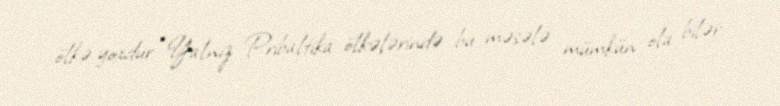
ölkə yoxdur: “Yalnız Pribaltika ölkələrində bu məsələ mümkün ola bilər.